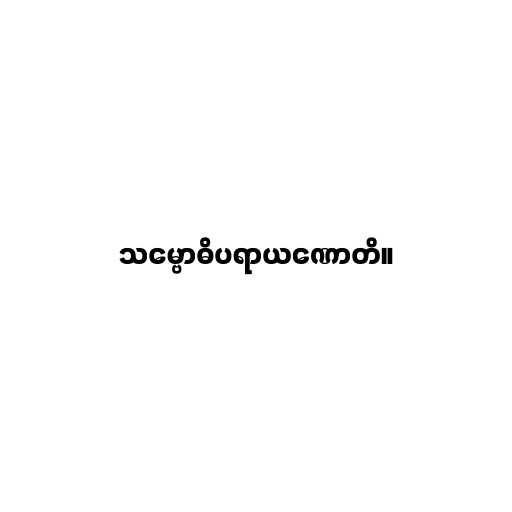
သမ္ဗောဓိပရာယဏောတိ။